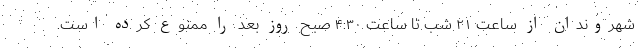
شهروندان از ساعت ۲۱ شب تا ساعت ۴:۳۰ صبح روز بعد را ممنوع کرده است.